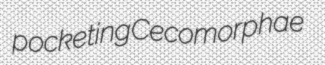
pocketing Cecomorphae